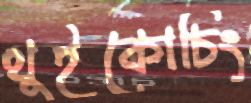
থুইকোচিং